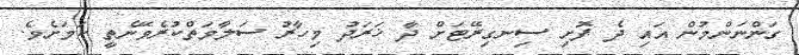
ގަންނަންމުން އައި ދެ ފޮށި ސިނގިރޭޓަށް ދާ ޚަރަދު މިހާރު ސަލާމަތްކުރެވޭނެތީ ކަމަށެވެ.